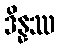
ဒိန္နဿ